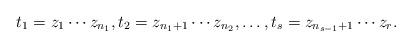
LaTeX: \begin{align*}t_1 = z_1 \cdots z_{n_1}, t_2 = z_{n_1+1} \cdots z_{n_2}, \dots, t_s = z_{n_{s-1}+1} \cdots z_r.\end{align*}